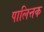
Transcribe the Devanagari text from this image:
पालित्तक